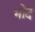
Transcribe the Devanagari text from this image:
भोद